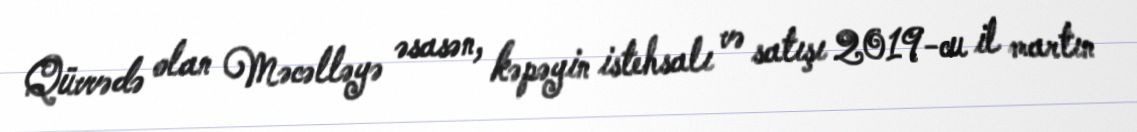
Qüvvədə olan Məcəlləyə əsasən, kəpəyin istehsalı və satışı 2019-cu il martın